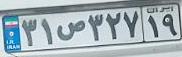
۳۱ص۳۲۷۱۹